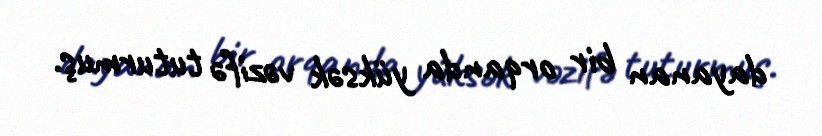
dayanan bir orqanda yüksək vəzifə tuturmuş.